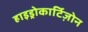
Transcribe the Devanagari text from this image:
हाइड्रोकार्टिज़ोन